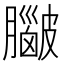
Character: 𥀮